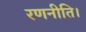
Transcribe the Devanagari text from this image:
रणनीति।